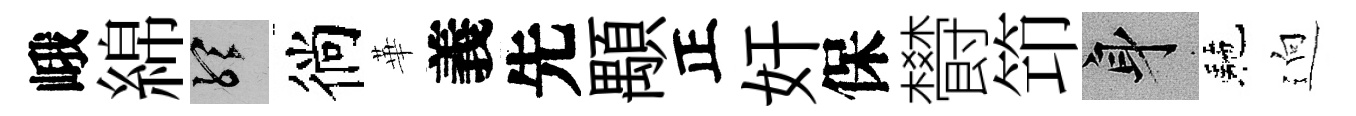
峨綿聽徜華義先顒正奸保欎笻身駰逈